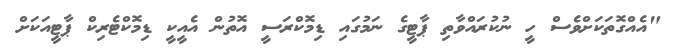
"އެއްގޮތަކަށްވެސް ހީ ނުކުރައްވާތި ޕާޓީގެ ނަމުގައި ޑިމޮކްރަސީ އޮތުން އެއީކީ ޑިމޮކްޓެރިކް ޕާޓީއަކަށް